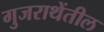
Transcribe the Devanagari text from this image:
गुजराथेंतील